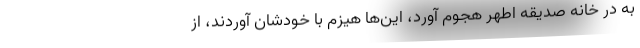
به در خانه صدیقه اطهر هجوم آورد، این‌ها هیزم با خودشان آوردند، از